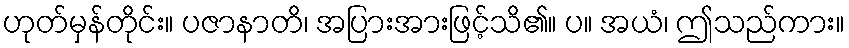
ဟုတ်မှန်တိုင်း။ ပဇာနာတိ၊ အပြားအားဖြင့်သိ၏။ ပ။ အယံ၊ ဤသည်ကား။